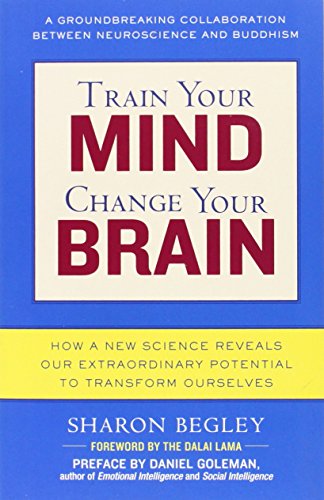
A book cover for Train Your Mind, Change Your Brain: How a New Science Reveals Our Extraordinary Potential to Transform Ourselves; Sharon Begley; Medical Books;